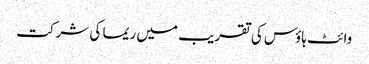
وائٹ ہاؤس کی تقریب میں ریما کی شرکت